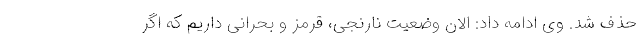
حذف شد. وی ادامه داد: الان وضعیت نارنجی، قرمز و بحرانی داریم که اگر